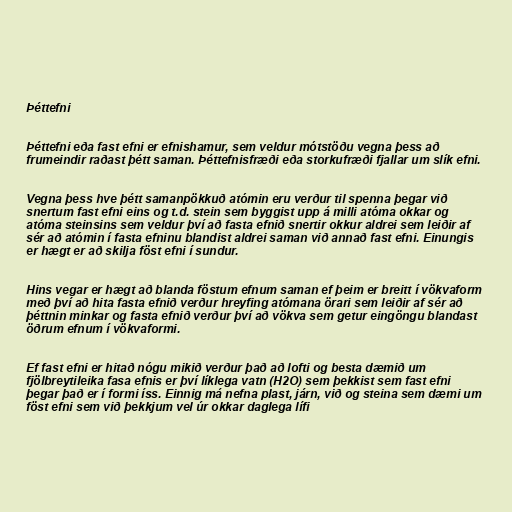
Þéttefni

Þéttefni eða fast efni er efnishamur, sem veldur mótstöðu vegna þess að
frumeindir raðast þétt saman. Þéttefnisfræði eða storkufræði fjallar um slík efni.

Vegna þess hve þétt samanpökkuð atómin eru verður til spenna þegar við
snertum fast efni eins og t.d. stein sem byggist upp á milli atóma okkar og
atóma steinsins sem veldur því að fasta efnið snertir okkur aldrei sem leiðir af
sér að atómin í fasta efninu blandist aldrei saman við annað fast efni. Einungis
er hægt er að skilja föst efni í sundur.

Hins vegar er hægt að blanda föstum efnum saman ef þeim er breitt í vökvaform
með því að hita fasta efnið verður hreyfing atómana örari sem leiðir af sér að
þéttnin minkar og fasta efnið verður því að vökva sem getur eingöngu blandast
öðrum efnum í vökvaformi.

Ef fast efni er hitað nógu mikið verður það að lofti og besta dæmið um
fjölbreytileika fasa efnis er því líklega vatn (H2O) sem þekkist sem fast efni
þegar það er í formi íss. Einnig má nefna plast, járn, við og steina sem dæmi um
föst efni sem við þekkjum vel úr okkar daglega lífi